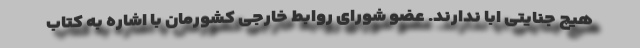
هیچ جنایتی ابا ندارند. عضو شورای روابط خارجی کشورمان با اشاره به کتاب